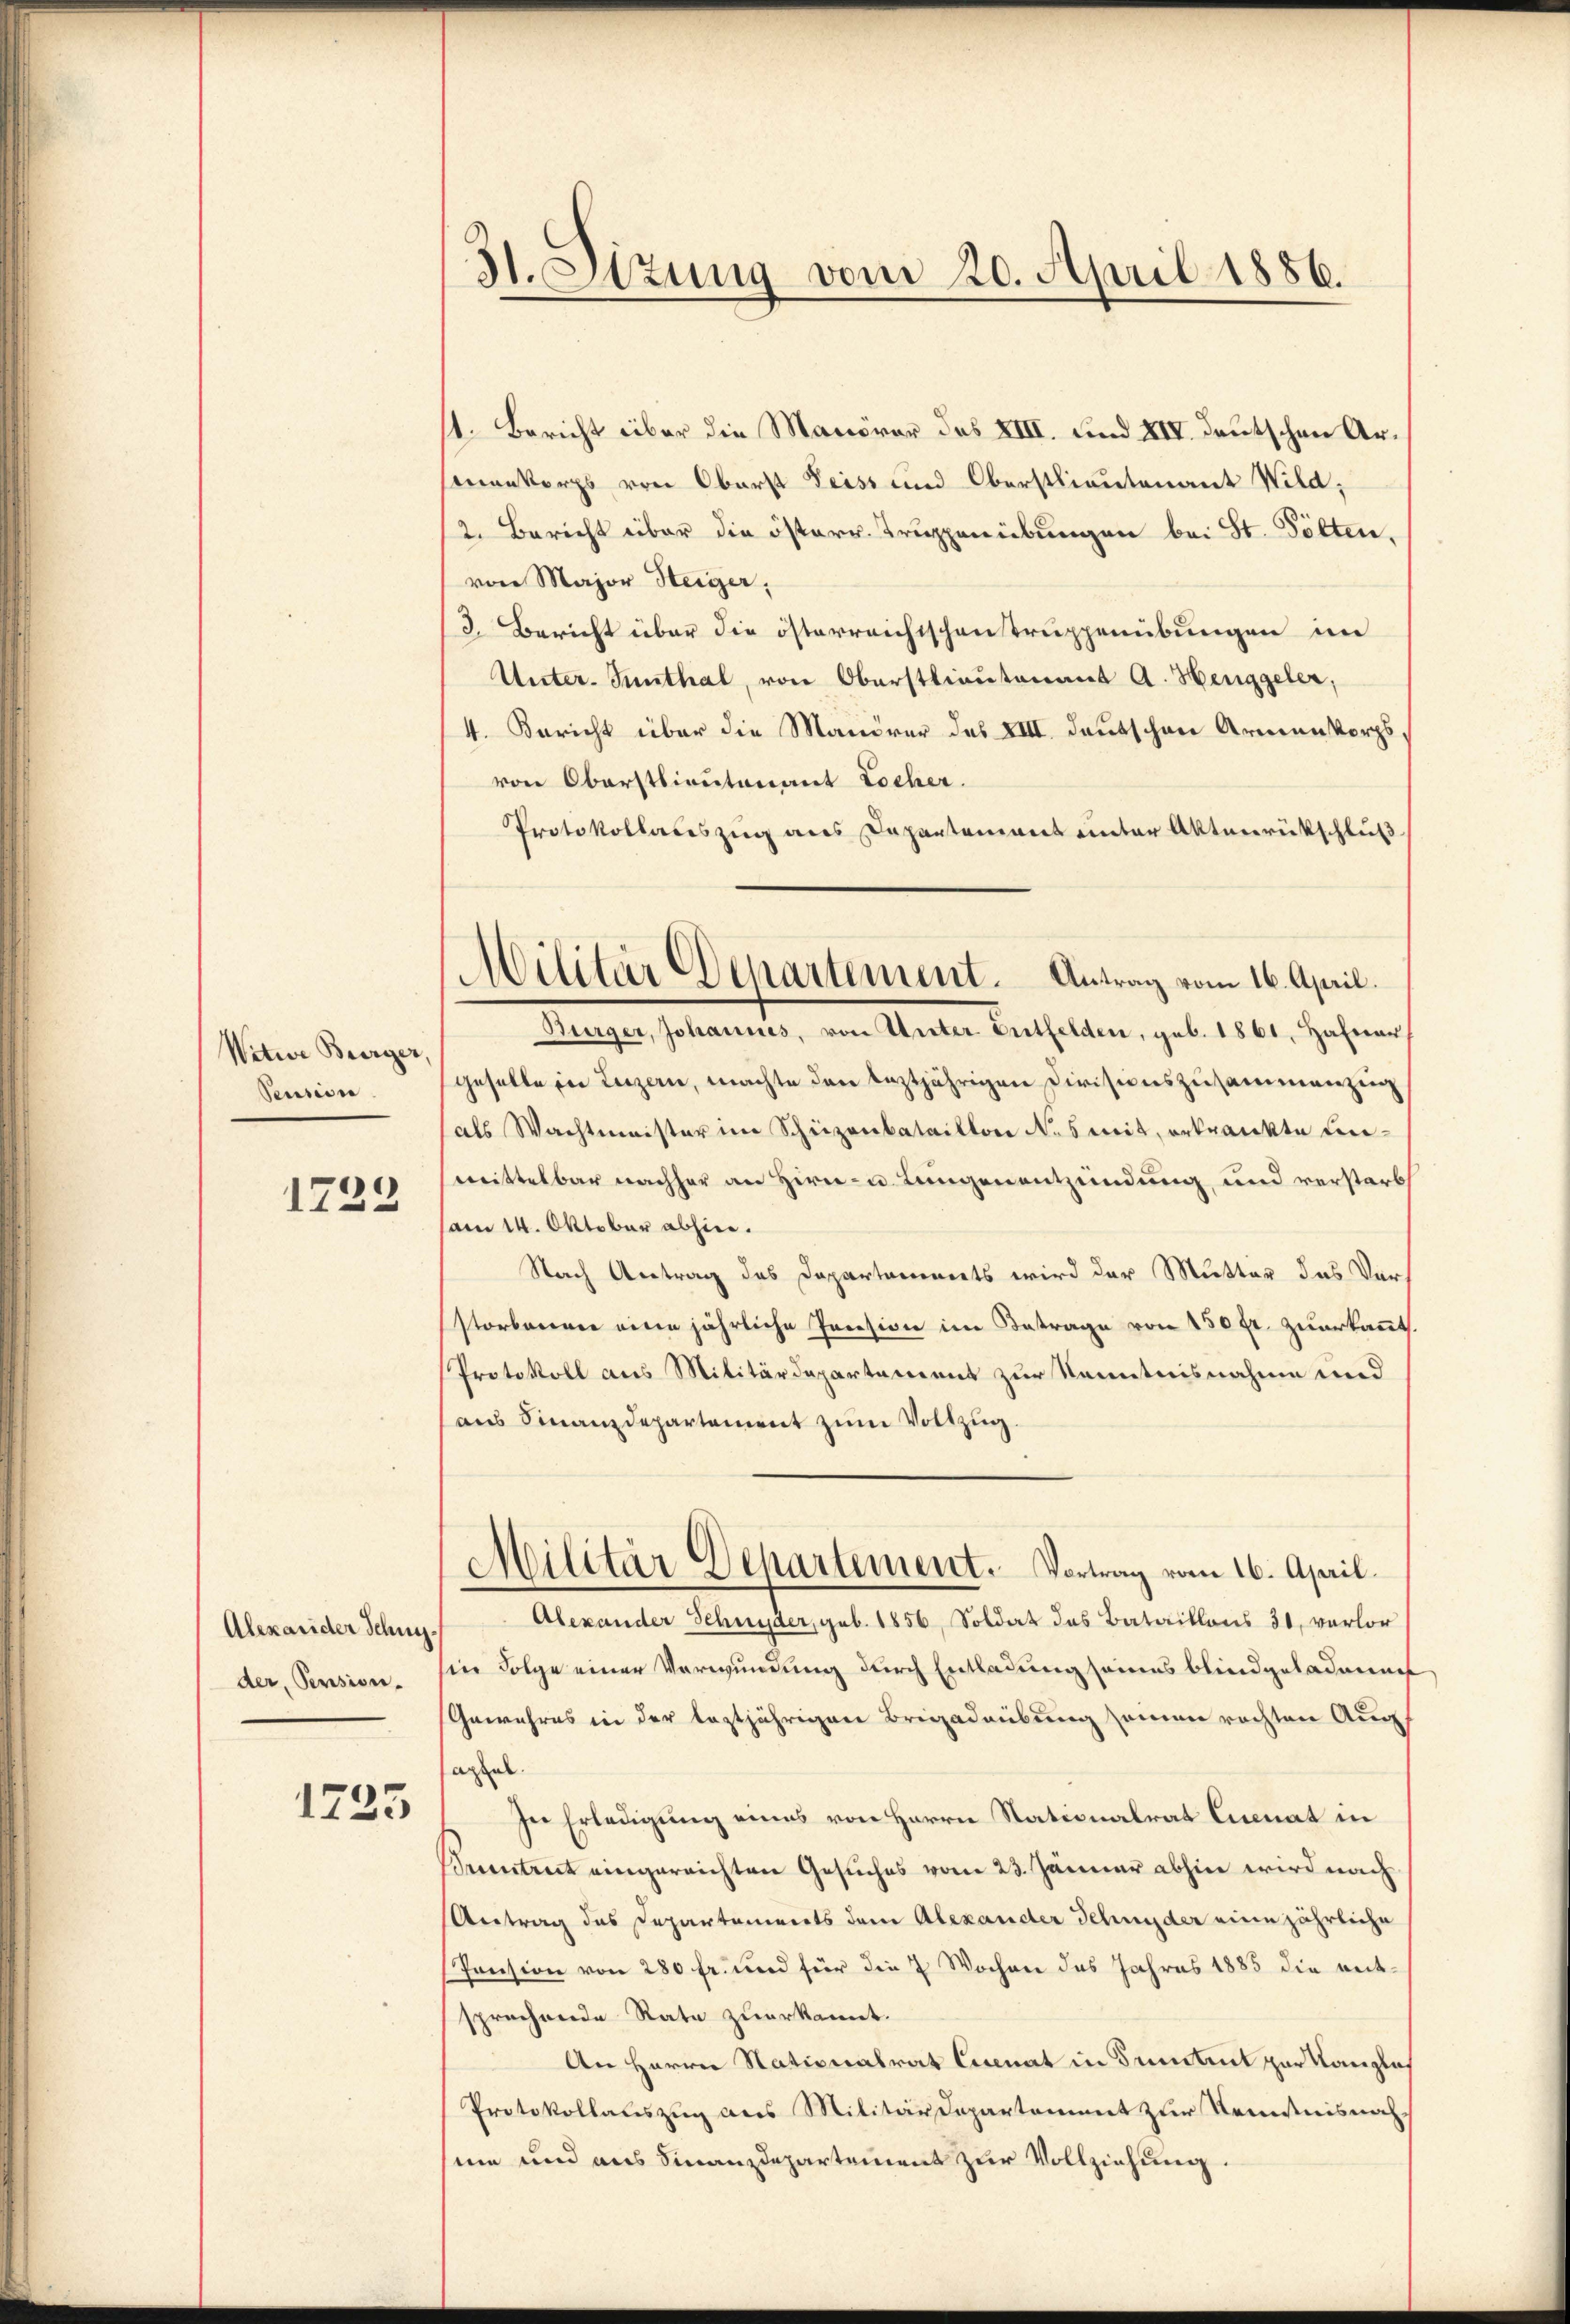
Witwe Burger,
Pension
1723

Alexander Schny.
der, Pension.

1725

31. Sizung vom 20. April 1886.

Militär Departement. Antrag vom 16. April.

11. Bericht über die Manöver des XIII. und XIV. Deutschen Arnonkorps von Oberst Leiss und Oberstlieutenant Wild,
2. Bericht über die österr. Truppenübungen bei St. Pölten,
von Major Steiger,
3. Bericht über die österreichischen Truppenübungen im
Unter- Sunthal, von Oberstlieutenant A. Henggeler,
4. Bericht über die Manorar des XIII. deutschen Armenkorps,
von Oberstlieutenant Locher.
Protokollateszug aus Departement unter Aktenrückschluß
Bürger, Johannes, von Unter Entfelden, geb. 1861, Hafner
geselle in Luzern, machte den leztjährigen Divisionszusammenzin
als Wachtmeister im Schrizenbataillon Nos mit, erkrankte Leimittelbar nachher an Hirn- u. Lungenentzündung, und verstarb
am 14. Oktober abhin.
Nach Antrag des Departements wird der Mutter das Ver-
storbenerer eine jährliche Pression im Betrage von 150 fr. zuerkannt.
Protokoll aus Militärdepartement zur Kenntnisnahme und
aus Finanzdepartement zum Vollzug.
Militär Departement. Vortrag vom 16. April.
Alexander Schnyder, geb. 1856, Soldat das Bataillons 31, verlor
in Folge einer Verwundung durch Entladung seines blind geladenen
Gewahres in der leztjährigen Brigadeübung seinen rechten Aug.
apsal.
In Erledigung eines von Herrn Stationalrat Lionat in
Secntrut eingereichten Gesuches vom 23. Jänner abhin wird nach
Antrag des Departements dem Alexander Schnyder eine jährliche
Pension von 280 fr. und für die 2 Wochen des Jahres 1885 die entsprechende Rate zuerkannt.
An Herren Nationalrat Eisenat in Fristet zur Kanzlis
Protokollauszug aus Militärdepartement zur Kenntnisnahsime und aus Finanzdepartement zur Vollziehung.